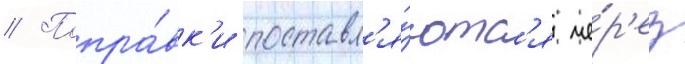
// Попра́вк'и поставл'я́ютс'я че́р'ез